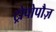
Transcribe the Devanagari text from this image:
ट्रोपोपौज़